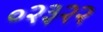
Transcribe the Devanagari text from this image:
०२३२२